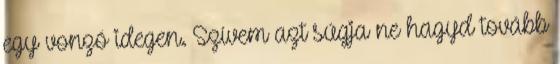
egy vonzó idegen. Szívem azt súgja ne hagyd tovább